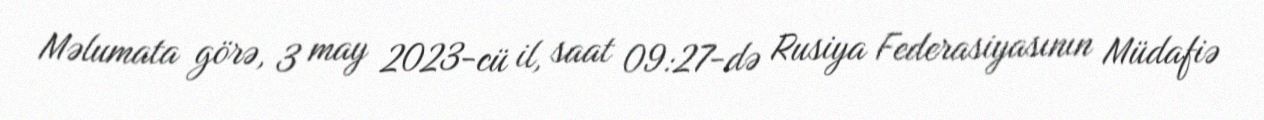
Məlumata görə, 3 may 2023-cü il, saat 09:27-də Rusiya Federasiyasının Müdafiə